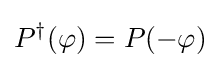
P^{\dagger }(\varphi )=P(-\varphi )